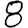
Digit: 8